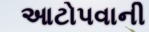
આટોપવાની